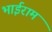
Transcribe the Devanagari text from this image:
भाईराम